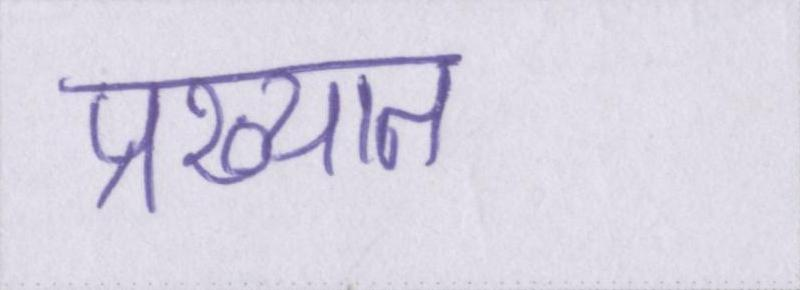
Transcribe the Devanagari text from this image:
प्रख्यात